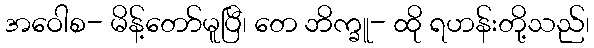
အဝေါစ- မိန့်တော်မူပြီ၊ တေ ဘိက္ခူ- ထို ရဟန်းတို့သည်၊